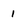
Character: 1